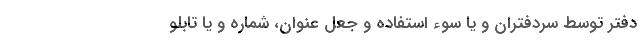
دفتر توسط سردفتران و یا سوء استفاده و جعل عنوان، شماره و یا تابلو